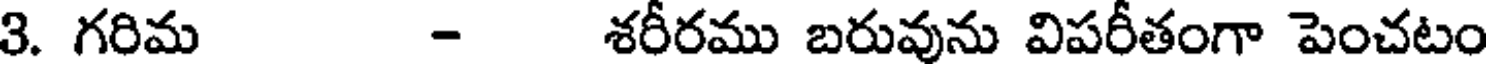
3. గరిమ - శరీరము బరువును విపరీతంగా పెంచటం